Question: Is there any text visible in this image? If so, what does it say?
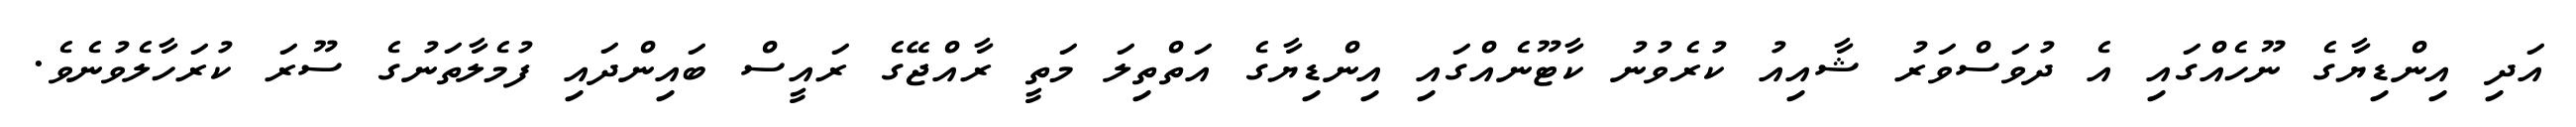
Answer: އަދި އިންޑިޔާގެ ނޫހެއްގައި އެ ދުވަސްވަރު ޝާއިއު ކުރެވުނު ކާޓޫނެއްގައި އިންޑިޔާގެ އަތްތިލަ މަތީ ރާއްޖޭގެ ރައީސް ބައިންދައި ފުމެލާތަނުގެ ސޫރަ ކުރަހާލެވުނެވެ.